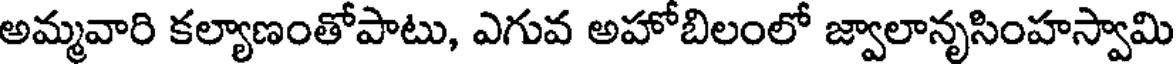
అమ్మవారి కల్యాణంతోపాటు, ఎగువ అహోబిలంలో జ్వాలానృసింహస్వామి